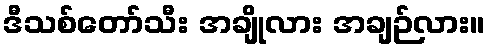
ဒီသစ်တော်သီး အချိုလား အချဉ်လား။